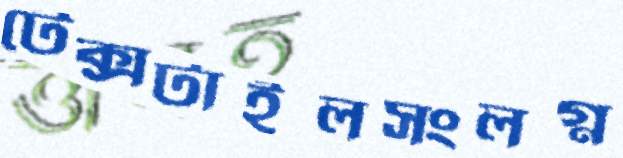
টেক্সটাইলসংলগ্ন